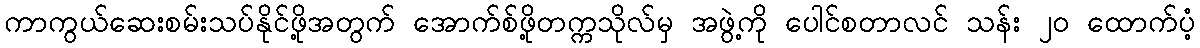
ကာကွယ်ဆေးစမ်းသပ်နိုင်ဖို့အတွက် အောက်စ်ဖို့တက္ကသိုလ်မှ အဖွဲ့ကို ပေါင်စတာလင် သန်း ၂၀ ထောက်ပံ့